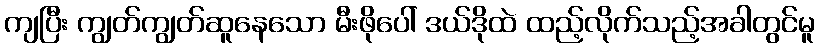
ကျပြီး ကျွတ်ကျွတ်ဆူနေသော မီးဖိုပေါ် ဒယ်ဒိုထဲ ထည့်လိုက်သည့်အခါတွင်မူ